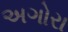
અગોરા